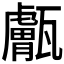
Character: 𤮣